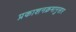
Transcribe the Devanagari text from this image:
प्रकाशनक्रमानुसार